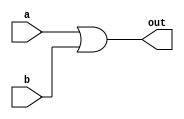
// Verilog code for OR Gate
module orGate (a, b, out);

input a, b;
output out;
assign out = a | b;

endmodule